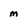
Character: m